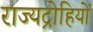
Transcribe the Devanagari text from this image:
राज्यद्रोहियों